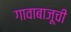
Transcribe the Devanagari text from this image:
गावाबाजूची